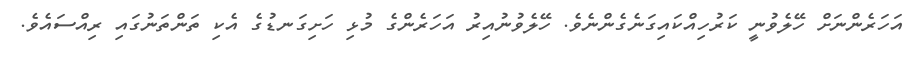
އަހަރެންނަށް ހޭލެވުނީ ކަރުހިއްކައިގަނެގެންނެވެ. ހޭލެވުނުއިރު އަހަރެންގެ މުޅި ހަށިގަނޑުގެ އެކި ތަންތަނުގައި ރިއްސައެވެ.